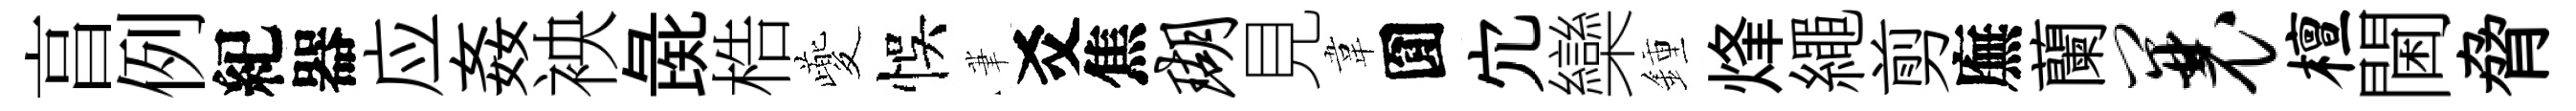
亯例紀器应姦䘧彘梏夔悞茟爻焦瑚見韋圎宂欒鍾烽繩剪廡蘭曩檀閫脅